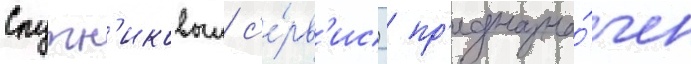
Спутн'иковыи с'е́рв'ис  пр'едназна́чен